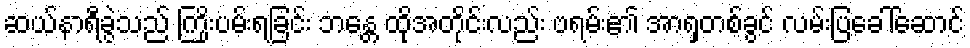
ဆယ်နာရီခွဲသည် ကြိုးပမ်းရခြင်း ဘန္တေ ထိုအတိုင်းလည်း ဗရမ်း၏ အာရှတစ်ခွင် လမ်းပြခေါ်ဆောင်